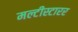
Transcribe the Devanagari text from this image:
मल्टीस्टारर